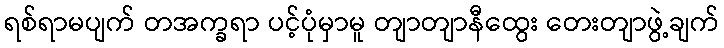
ရစ်ရာမပျက် တအက္ခရာ ပင့်ပုံမှာမူ တျာတျာနီထွေး တေးတျာဖွဲ့ချက်